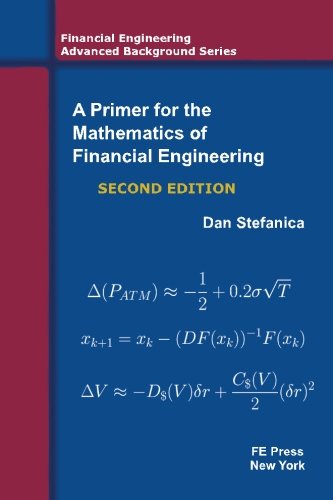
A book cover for A Primer For The Mathematics Of Financial Engineering, Second Edition (Financial Engineering Advanced Background Series); Dan Stefanica; Business & Money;